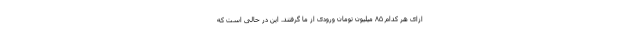
ازای هر کدام ۸۵ میلیون تومان ورودی از ما گرفتند. این در حالی است که